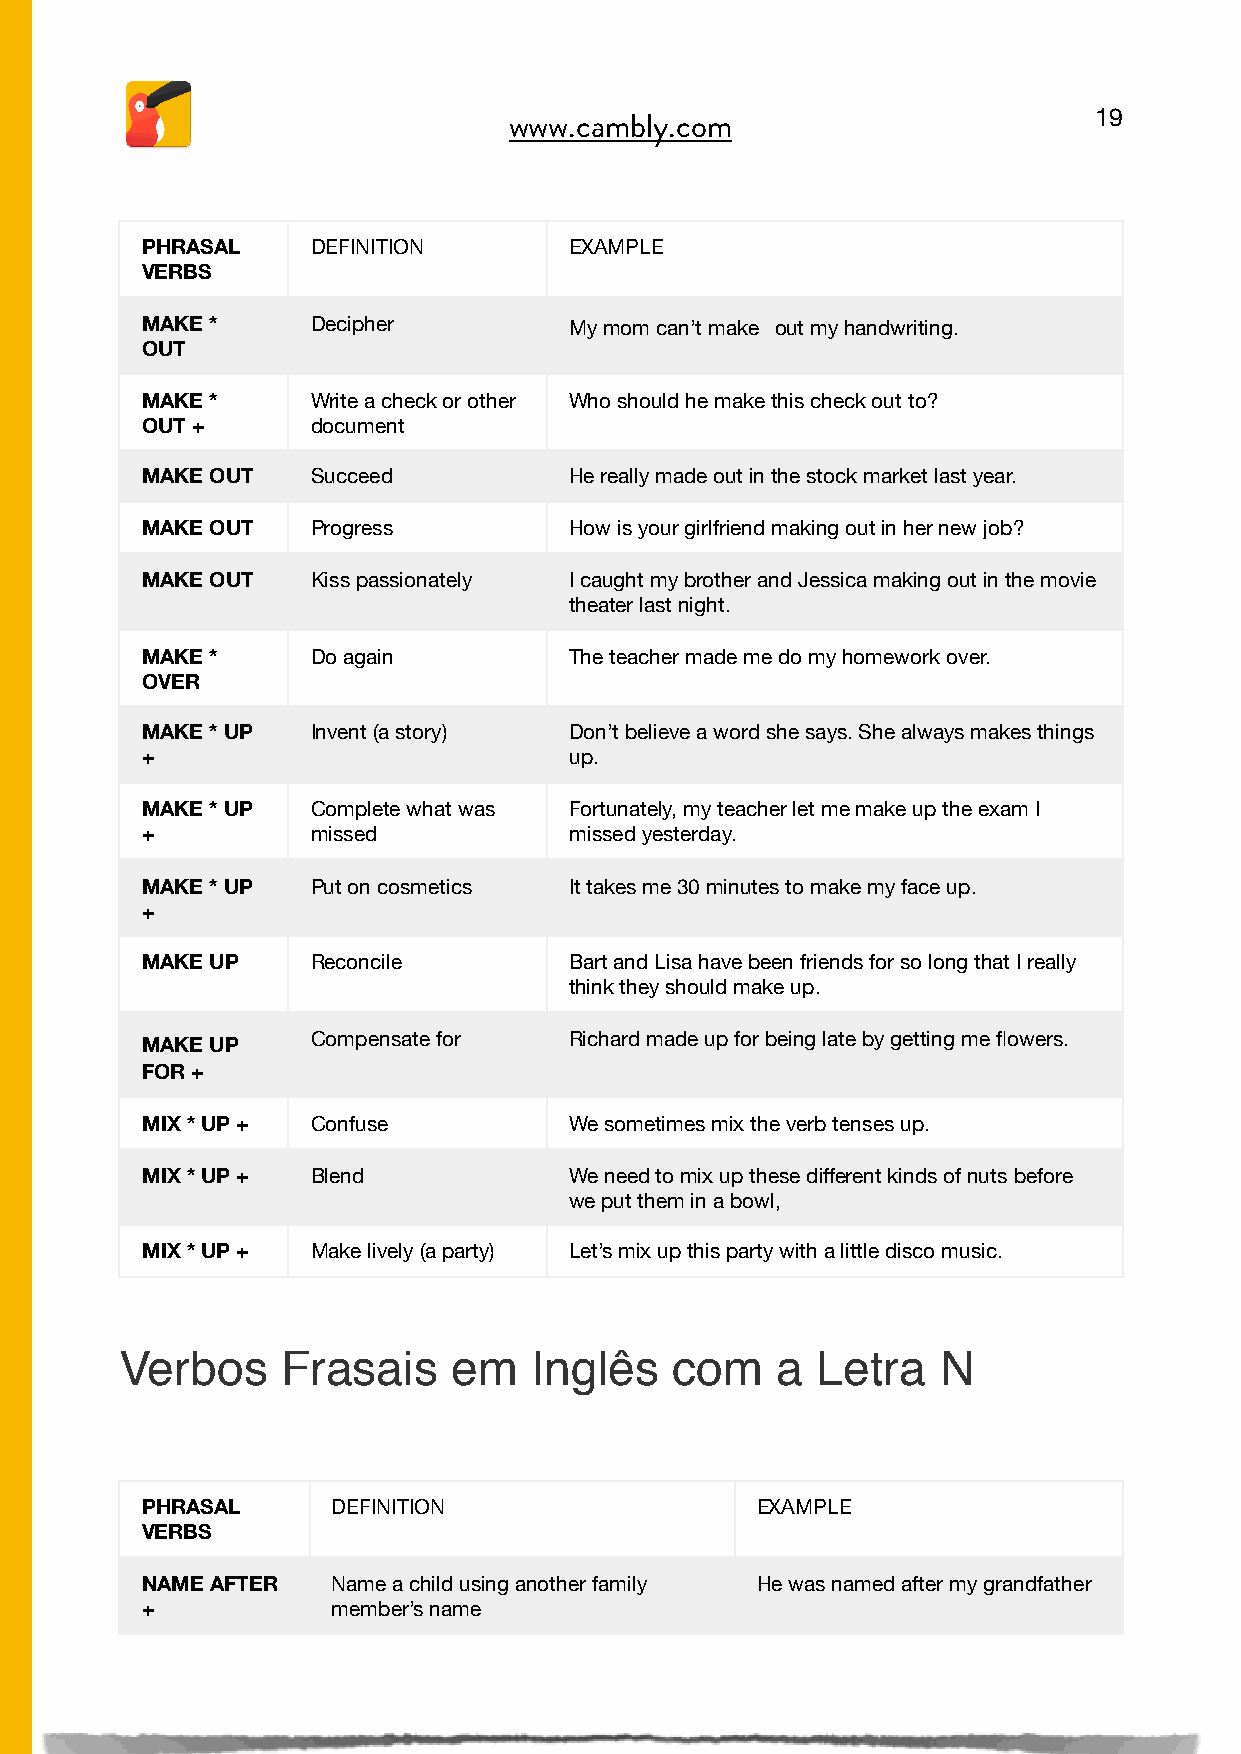
19
 www.cambly.com

 PHRASAL     DEFINITION       EXAMPLE
 VERBS
 MAKE *      Decipher         My mom can’t make out my handwriting.
 OUT
 MAKE *      Write a check or other Who should he make this check out to?
 OUT +       document
 MAKE OUT    Succeed          He really made out in the stock market last year.
 MAKE OUT    Progress         How is your girlfriend making out in her new job?
 MAKE OUT    Kiss passionately I caught my brother and Jessica making out in the movie
 theater last night.
 MAKE *      Do again         The teacher made me do my homework over.
 OVER
 MAKE * UP   Invent (a story) Don’t believe a word she says. She always makes things
 +                            up.
 MAKE * UP   Complete what was Fortunately, my teacher let me make up the exam I
 +           missed           missed yesterday.
 MAKE * UP   Put on cosmetics It takes me 30 minutes to make my face up.
 +
 MAKE UP     Reconcile        Bart and Lisa have been friends for so long that I really
 think they should make up.
 MAKE UP
 Compensate for   Richard made up for being late by getting me flowers.
 FOR +
 MIX * UP +  Confuse          We sometimes mix the verb tenses up.
 MIX * UP +  Blend            We need to mix up these different kinds of nuts before
 we put them in a bowl,
 MIX * UP +  Make lively (a party) Let’s mix up this party with a little disco music.
 Verbos     Frasais    em   Inglês    com   a  Letra   N
 PHRASAL      DEFINITION                  EXAMPLE
 VERBS
 NAME AFTER   Name a child using another family He was named after my grandfather
 +            member’s name